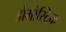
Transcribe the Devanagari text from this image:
डोमोस्टिक